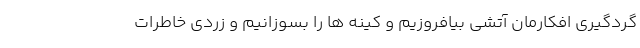
گردگیری افکارمان آتشی بیافروزیم و کینه ها را بسوزانیم و زردی خاطرات